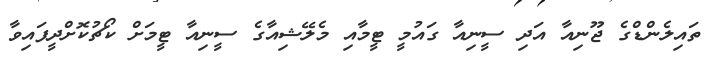
ތައިލެންޑްގެ ޖޫނިއާ އަދި ސީނިއާ ގައުމީ ޓީމާއި މެލޭޝިއާގެ ސީނިއާ ޓީމަށް ކޯޗުކޮށްދީފައިވާ